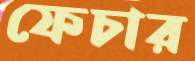
ফেচার